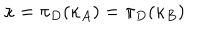
\kappa = \pi _ { D } ( \kappa _ { A } ) = \pi _ { D } ( \kappa _ { B } )